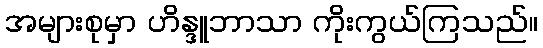
အများစုမှာ ဟိန္ဒူဘာသာ ကိုးကွယ်ကြသည်။